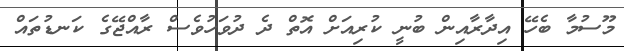
މޫސުމާ ބެހޭ އިދާރާއިން ބުނީ ކުރިއަށް އޮތް ދެ ދުވަހުވެސް ރާއްޖޭގެ ކަނޑުތައް